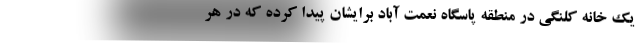
یک خانه کلنگی در منطقه پاسگاه نعمت آباد برایشان پیدا کرده که در هر